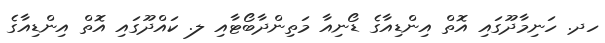
ހދ. ހަނިމާދޫގައި އޮތް އިންޑިއާގެ ޑޯނިއާ މަތިންދާބޯޓާއި ލ. ކައްދޫގައި އޮތް އިންޑިއާގެ